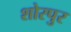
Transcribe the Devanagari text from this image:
शोरपुर